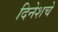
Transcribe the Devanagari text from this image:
दिनेशचे